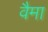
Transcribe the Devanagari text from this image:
वैमा